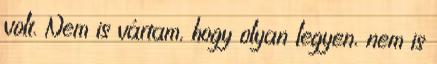
volt. Nem is vártam, hogy olyan legyen, nem is